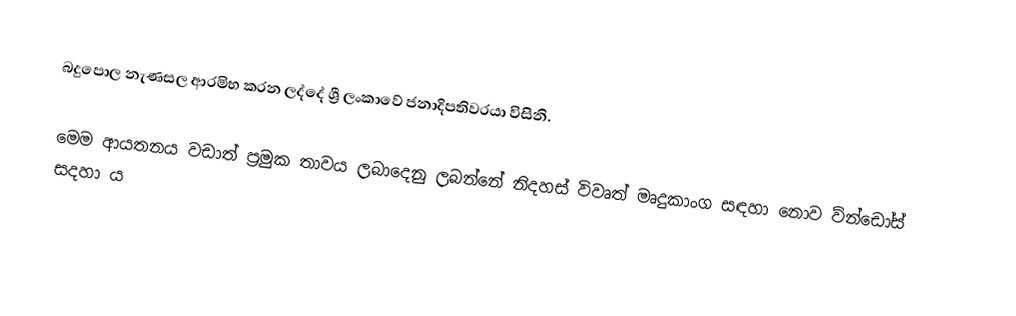
බදුපොල නැණසල ආරමිභ කරන ලද්දේ  ශ්‍රී ලංකාවේ ජනාදිපතිවරයා විසිනි.

මෙම ආයතනය වඩාත් ප්‍රමුක තාවය ලබා‍‍දෙනු ලබන්නේ නිදහස් විවෘත් මෘදුකාංග සඳහා නොව  ‍ව්න්ඩෝස්  සදහා ය